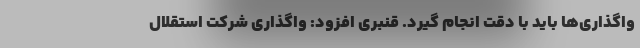
واگذاری‌ها باید با دقت انجام گیرد. قنبری افزود: واگذاری شرکت استقلال